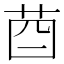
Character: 𦮄